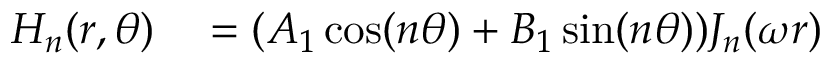
\begin{array} { r l } { H _ { n } ( r , \theta ) } & { { } = ( A _ { 1 } \cos ( n \theta ) + B _ { 1 } \sin ( n \theta ) ) J _ { n } ( \omega r ) } \end{array}